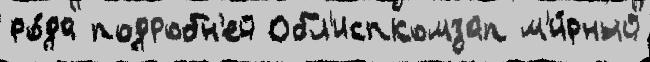
ро́да подробн'ей Обл'испкомзап м'и́рный